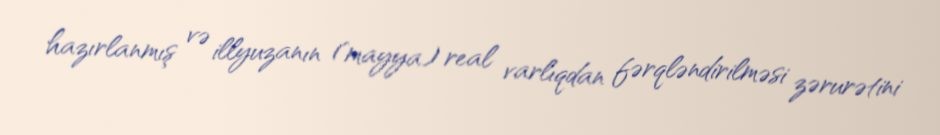
hazırlanmış və illyuzanın (mayya) real varlıqdan fərqləndirilməsi zərurətini